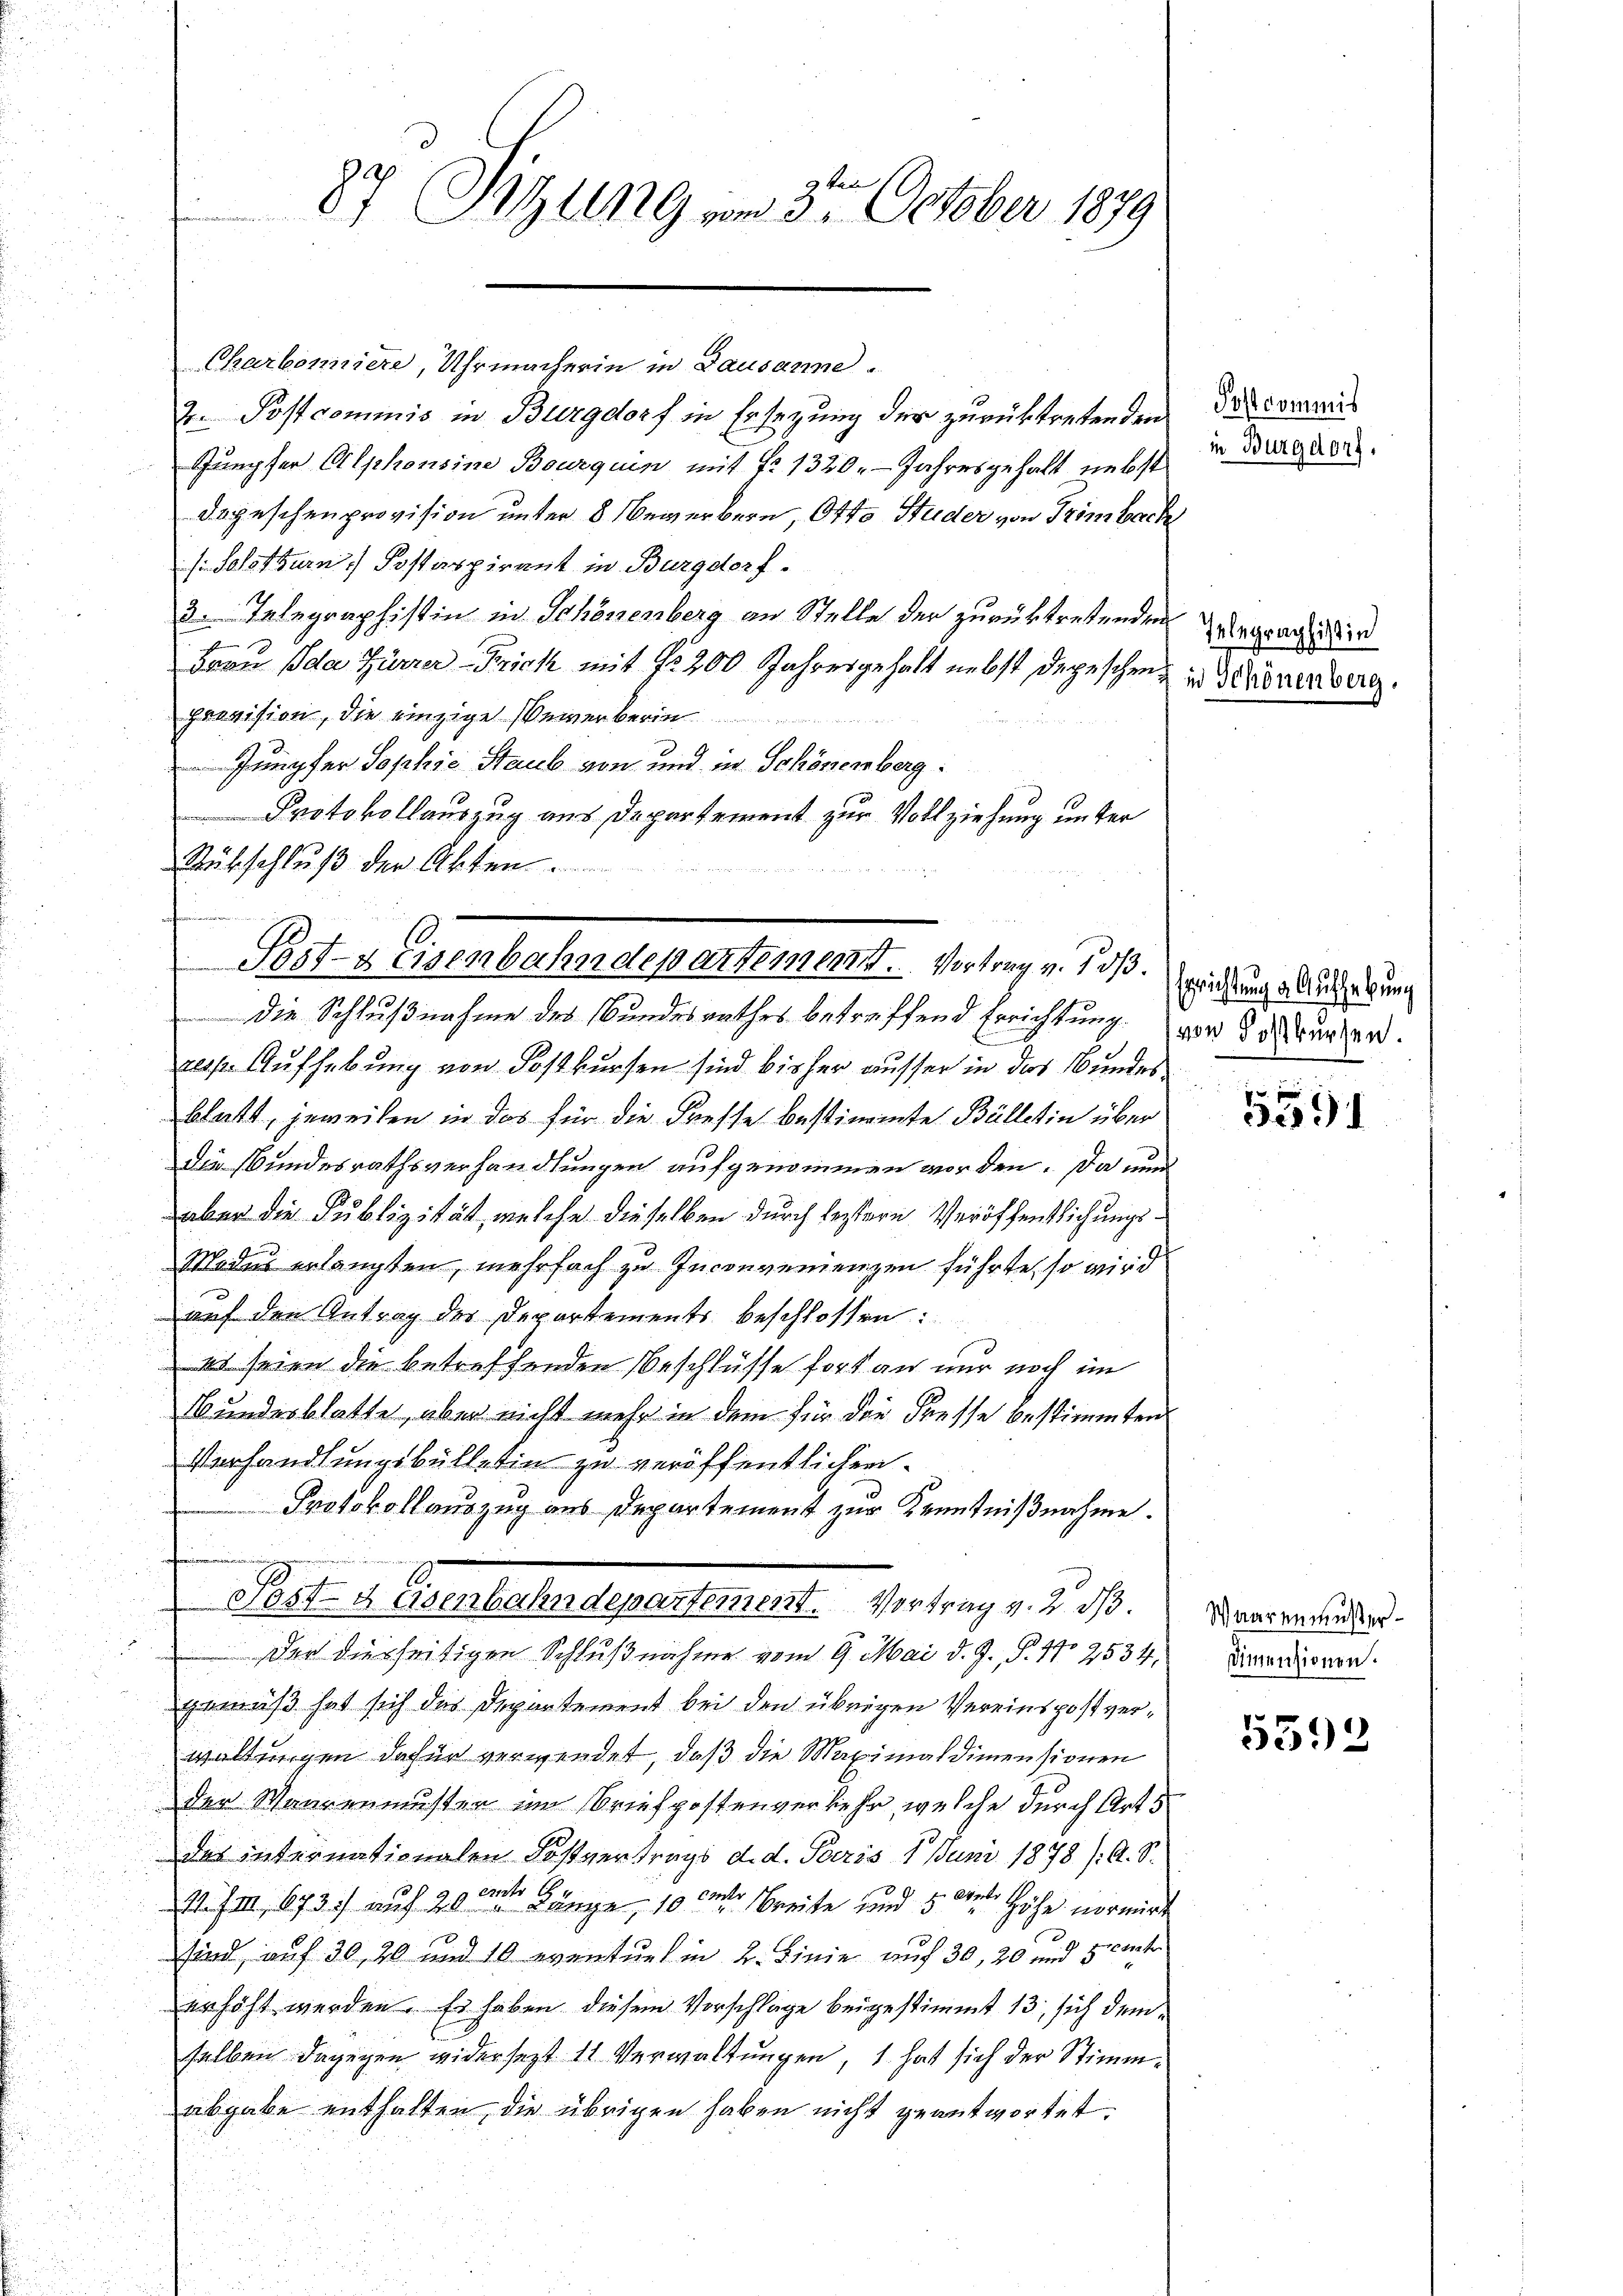
87 Sitzung vom 3ten October 1879
de

Charbonniere, Uhrmacherin in Bausanne.
2. Postcommis in Burgdorf in Ersezung der zurücktretenden
Sumpfer Alphonsine Bourquin mit No 1320. Jahresgehalt nebst
Dogeschenprovision unter 8 ewerbern, Otto Studer von Frömbach
s. Solothurn. Postaspirant in Burgdorf.
3. Telegraphistin in Schönenberg an Stelle der zurücktretenden
Frau Ida Zürrer-Prick mit No. 200 Jahresgehalt nebst Depeschenprovision, die einzige Bewerberin
2
Jungfer Sophie Staub von und in Schönenberg
Protokollauszug aus Departement zur Vollziehung unter
Rübschluß der Akten.
Die Schlußnahme des Bundesrathes betreffend Errichtung vor Schwurger.
resp. Aufhebung von Postkursen sind bisher ausser in das Bundesblatt, jeweilen in das für die Fresse bestimmte Bülletin über
die Bundesrathsverhandlungen aufgenommen worden. Da nun
aber die Publizität, welche dieselben durch leztern Veröffentlichungs¬
Modus erlangten, mehrfach zu Inconvenienzen führte, so wird
 auf den Antrag des Departements beschlossen:
us seien die betreffenden Beschlüsse fort an nur noch im
Bundesblatte, aber nicht mehr in dem für die Fresse bestimmten
Verhandlungsbülletin zu veröffentlichen
Protokollauszug aus Departement zur Kenntnißnahme.
s. 1. Angelesendepartement. Vertrag v. 2. 7.
 Der diesseitigen Schlußnahme vom 9. Mai d. J. P. Nr. 2534,
gemäß hat sich das Departement bei den übrigen Vereinspost verwaltungen dafür verwendet, daß die Maximaldimensionen
der Waarenmusten im Briefpostenverkehr, welche durch Art s
das internationalen Fostvertrags d. d. Paris 1 Juni 1878 /A. S.
1
11. II, 1873 auf 20 rt Länge, 10 der Breite und 5 der Höhe normirt
sind auf 30, 20 und 10 eventuel in 2. Linie auf 30, 20 und 30 unter
erhöht werden. Es haben diesen Vorschlage beigestimmt 13, sich dem
selben dagegen widersezt 11 Verwaltungen, 1. hat sich der Stimmabgabe enthalten, die übrigen haben nicht geantwortet.

Pest- & Eisenbahndepartemend. Vortrag v. 5. dß.

Postcommis
in Burgdorf.

Telegraphistin
in Schönenberg.

Errichtung d. Aufhebung

5591

Waaren müster¬
Dimensionen.

5592